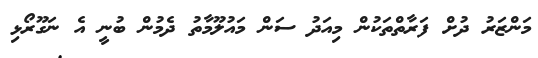
މަންޒަރު ދުށް ފަރާތްތަކުން މިއަދު ސަން މައުލޫމާތު ދެމުން ބުނީ އެ ނަގޫރޯޅި